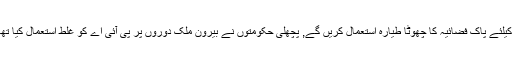
وزیراعظم عمران خان امریکہ کے دورے کیلئے پاک فضائیہ کا چھوٹا طیارہ استعمال کریں گے, پچھلی حکومتوں نے بیرون ملک دوروں پر پی آئی اے کو غلط استعمال کیا تھا جس کی وجہ سے ادارے کو نقصان پہنچا۔